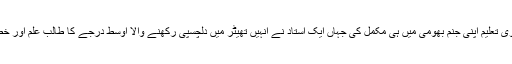
مودی نے اپنی اعلی ثانوی تعلیم اپنی جنم بھومی میں ہی مکمل کی جہاں ایک استاد نے انہیں تھیٹر میں دلچسپی رکھنے والا اوسط درجے کا طالب علم اور خطابت کا شوقین قرار دیا۔